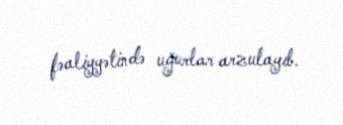
fəaliyyətində uğurlar arzulayıb.